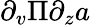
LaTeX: \partial_{v}\Pi\partial_{z}a